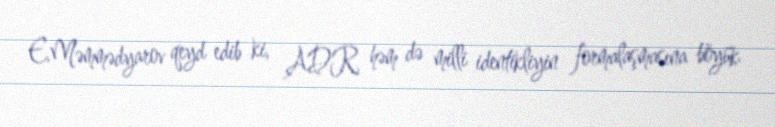
E.Məmmədyarov qeyd edib ki, ADR həm də milli identikliyin formalaşmasına böyük